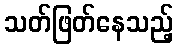
သတ်ဖြတ်နေသည့်